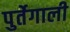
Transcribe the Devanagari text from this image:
पुर्तेगाली